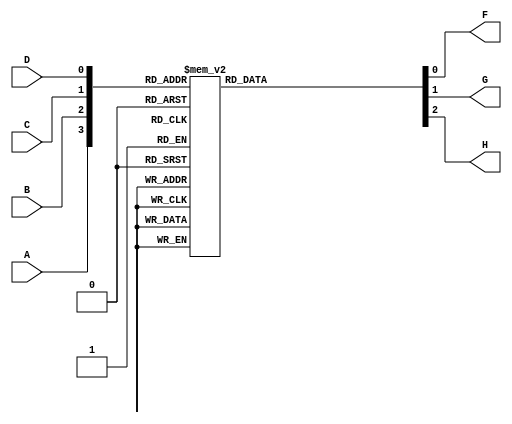
module Problem4(
    input A,
    input B,
    input C,
    input D,
    output reg F,
    output reg G,
    output reg H
    );
    reg [3:0] select;
    always @ (A or B or C or D)  
        begin
        select = {A, B, C, D};
            case(select)
                4'b0000: begin
                            F = 1; 
                            G = 0;
                            H = 1;
                         end
                4'b0001: begin
                              F = 0; 
                              G = 1;
                              H = 0;
                         end
                4'b0010: begin
                              F = 1; 
                              G = 0;
                              H = 0;
                         end
                4'b0011: begin
                              F = 0; 
                              G = 0;
                              H = 1;
                         end
                4'b0100: begin
                              F = 0; 
                              G = 1;
                              H = 1;
                         end
                4'b0101: begin
                              F = 1; 
                              G = 1;
                              H = 0;
                         end
                4'b0110: begin
                              F = 0; 
                              G = 0;
                              H = 0;
                         end
                4'b0111: begin
                              F = 1; 
                              G = 0;
                              H = 1;
                         end
                4'b1000: begin
                              F = 1; 
                              G = 1;
                              H = 0;
                         end
                4'b1001: begin
                              F = 0; 
                              G = 0;
                              H = 1;
                         end
                4'b1010: begin
                              F = 1; 
                              G = 0;
                              H = 0;
                         end
                4'b1011: begin
                              F = 1; 
                              G = 1;
                              H = 1;
                         end
                4'b1100: begin
                              F = 0; 
                              G = 0;
                              H = 0;
                         end
                4'b1101: begin
                              F = 0; 
                              G = 1;
                              H = 1;
                         end
                4'b1110: begin
                              F = 1; 
                              G = 1;
                              H = 1;
                         end
                4'b1111: begin
                              F = 0; 
                              G = 1;
                              H = 0;
                         end
                endcase
        end
endmodule